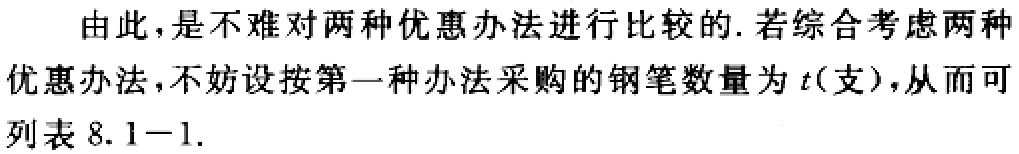
由此，是不难对两种优惠办法进行比较的. 若综合考虑两种
优惠办法，不妨设按第一种办法采购的钢笔数量为\(t\)（支），从而可
列表 \(8.1 - 1\).